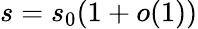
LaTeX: s=s_{0}(1+o(1))